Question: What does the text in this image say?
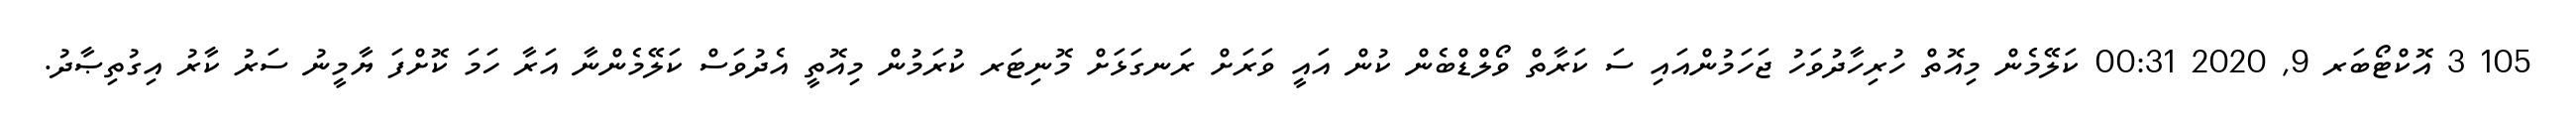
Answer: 105 3 އޮކްޓޯބަރ 9, 2020 00:31 ކަލޭމެން މިއޮތް ހުރިހާދުވަހު ޖަހަމުންއައި ސަ ކަރާތް ވޯލްޑްބެން ކުން އައީ ވަރަށް ރަނގަޅަށް މޮނިޓަރ ކުރަމުން މިއޮތީ އެދުވަސް ކަލޭމެންނާ އަރާ ހަމަ ކޮށްފަ ޔާމީނު ސަރު ކާރު އިގުތިޞާދު.